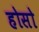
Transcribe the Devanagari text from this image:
होसो